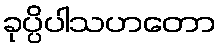
ခုပ္ပိပါသဟတော